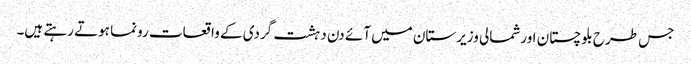
جس طرح بلوچستان اورشمالی وزیرستان میں آئے دن دہشت گردی کے واقعات رونما ہوتے رہتے ہیں۔